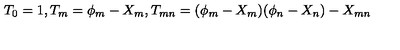
T _ { 0 } = 1 , T _ { m } = \phi _ { m } - X _ { m } , T _ { m n } = ( \phi _ { m } - X _ { m } ) ( \phi _ { n } - X _ { n } ) - X _ { m n }